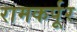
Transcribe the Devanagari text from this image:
रामकर्पूर